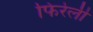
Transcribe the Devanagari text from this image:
फिरेली